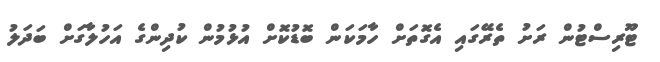
ޓޫރިސްޓުން ރަށު ތެރޭގައި އެގޮތަށް ހާމަކަން ބޮޑުކޮށް އުޅުމުން ކުދިންގެ އަހުލާގަށް ބަދަލު